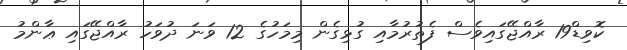
ކޮވިޑް19 ރާއްޖޭގައިވެސް ފެތުރުމާއި ގުޅިގެން މިމަހުގެ 12 ވަނަ ދުވަހު ރާއްޖޭގައި ޢާންމު